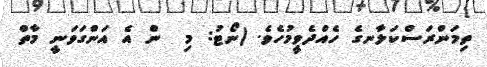
ތިމަންރަސްކަލާނގެ ހެއްދެވީމުހެވެ. (ނޯޓު: މި  ން އެ އަންގަވަނީ މާތް